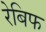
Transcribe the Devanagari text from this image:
रेबिफ